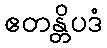
ဧတန္တိပဒံ